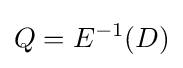
Q=E^{-1}(D)